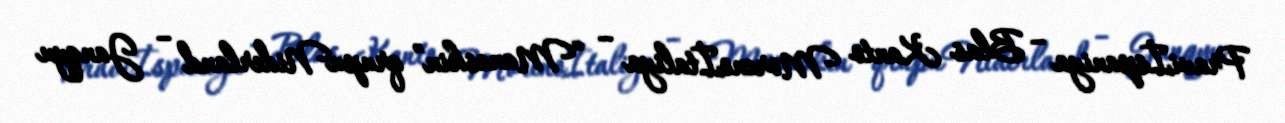
Praviİspaniya – Blas Kanto Morenoİtaliya – “Maneskin” qrupuNiderland – Janqyu